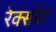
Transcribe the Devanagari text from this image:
रेक्सरेट